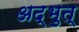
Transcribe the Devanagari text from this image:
अद्भुत्‌